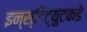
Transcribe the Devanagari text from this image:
इन्स्टिट्युटकडे